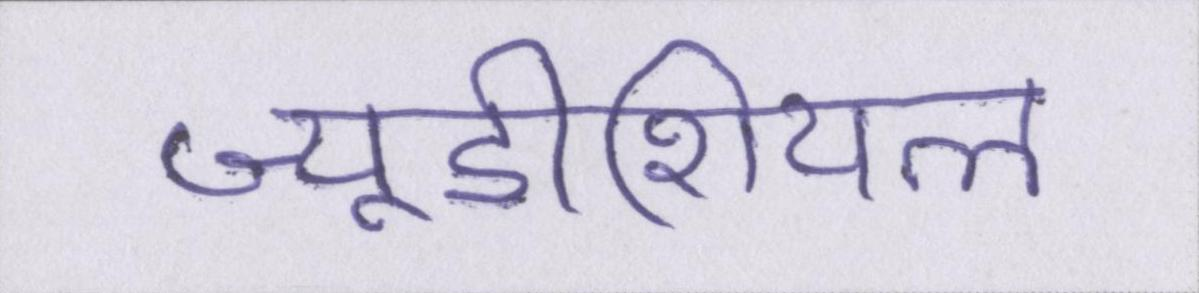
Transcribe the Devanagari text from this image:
ज्यूडीशियल